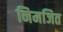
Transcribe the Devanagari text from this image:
निमजित